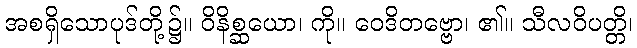
အစရှိသောပုဒ်တို့၌။ ဝိနိစ္ဆယော၊ ကို။ ဝေဒိတဗ္ဗော၊ ၏။ သီလဝိပတ္တိ၊